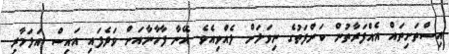
އިސްތަށިތައް އެއްފަރާތުން ކަންފަތުގެ ނިވަލަށް ލެއްވިއެވެ. އޭނާ ފާހާނާއަށް ވަދެފައި އައިސް އަލަމާރި